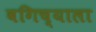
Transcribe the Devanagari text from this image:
बगिच्याला